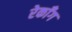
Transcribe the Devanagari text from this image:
रेकाँग